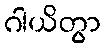
ဂါယိတွာ